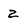
Character: 2